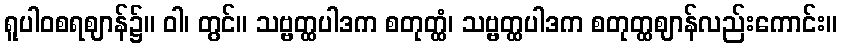
ရူပါဝစရဈာန်၌။ ဝါ၊ တွင်။ သဗ္ဗတ္ထပါဒက စတုတ္ထံ၊ သဗ္ဗတ္ထပါဒက စတုတ္ထဈာန်လည်းကောင်း။